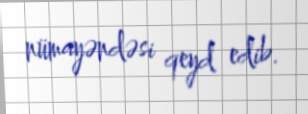
nümayəndəsi qeyd edib.